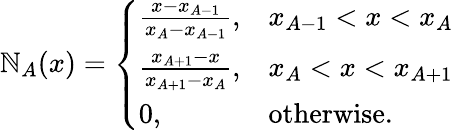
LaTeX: \mathbb{N}_{A}(x)=\left\{ \begin{array}{ll}{\frac{x-x_{A-1}}{x_{A}-x_{A-1}},}&{x_{A-1}<x<x_{A}}\\ {\frac{x_{A+1}-x}{x_{A+1}-x_{A}},}&{x_{A}<x<x_{A+1}}\\ {0,}&{\mathrm{otherwise}.}\end{array}\right.